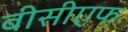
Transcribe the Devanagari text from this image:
बीसीएफ